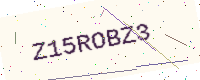
Text: Z15ROBZ3